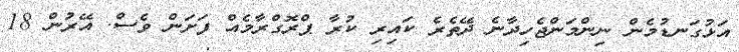
އަޅުގަނޑުމެން ނިންމަންޖެހިދާނެ ދޭތެރެ ކައިރި ކުރާ ޕްރޮގްރާމެއް ފަށަން ވެސް. އޭރުން 18